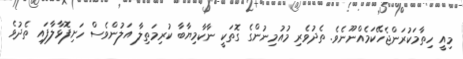
މިއީ ހިތާމަކުރަންޖެހޭކަމެއްނޫނެވެ. ތެދުވެރި މުއުމިނުންގެ ގޮތަކީ ނާކާމިޔާބާ ކުރިމަތިލާ އަލުންވެސް ހަށިފޮޅާލާފައި ތެދުވެ